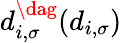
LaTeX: d_{i,\sigma}^{\dag}(d_{i,\sigma})